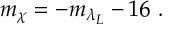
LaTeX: m _ { \chi } = - m _ { \lambda _ { L } } - 1 6 ~ .